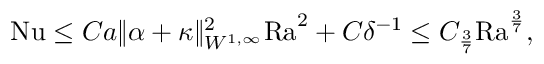
\begin{array} { r } { \mathrm { { N u } } \leq C a \| \alpha + \kappa \| _ { W ^ { 1 , \infty } } ^ { 2 } \mathrm { { R a } } ^ { 2 } + C \delta ^ { - 1 } \leq C _ { \frac { 3 } { 7 } } \mathrm { { R a } } ^ { \frac { 3 } { 7 } } , } \end{array}